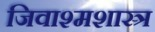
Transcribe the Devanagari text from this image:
जिवाश्मशास्त्र